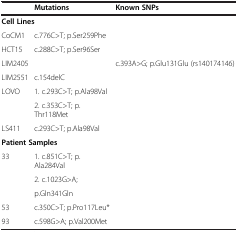
|  | Mutations | Known SNPs |
 | --- | --- | --- |
 | <COLSPAN=3> Cell Lines |
 | CoCM1 | c.776C>T; p.Ser259Phe |  |
 | HCT15 | c.288C>T; p.Ser96Ser |  |
 | LIM2405 |  | c.393A>G; p.Glu131Glu (rs140174146) |
 | LIM2551 | c.154delC |  |
 | LOVO | 1. c.293C>T; p.Ala98Val |  |
 |  | 2. c.353C>T; p.Thr118Met |  |
 | LS411 | c.293C>T; p.Ala98Val |  |
 | <COLSPAN=3> Patient Samples |
 | 33 | 1. c.851C>T; p.Ala284Val |  |
 |  | 2. c.1023G>A; |  |
 |  | p.Gln341Gln |  |
 | 53 | c.350C>T; p.Pro117Leu* |  |
 | 93 | c.598G>A; p.Val200Met |  |